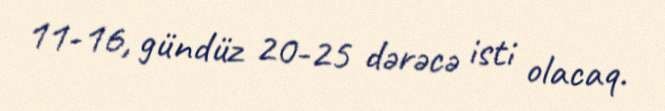
11-16, gündüz 20-25 dərəcə isti olacaq.